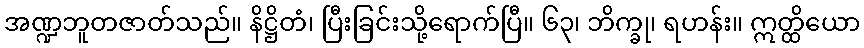
အဏ္ဍဘူတဇာတ်သည်။ နိဋ္ဌိတံ၊ ပြီးခြင်းသို့ရောက်ပြီ။ ၆၃၊ ဘိက္ခု၊ ရဟန်း။ ဣတ္ထိယော